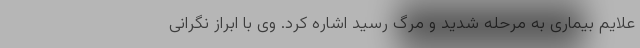
علایم بیماری به مرحله شدید و مرگ رسید اشاره کرد. وی با ابراز نگرانی